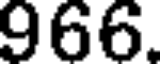
966.